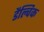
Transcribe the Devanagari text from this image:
डैल्विक